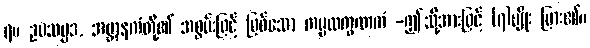
၇။ ဥပသမ္ပဒ, အဗ္ဘာနကံတို့၏ အစွမ်းဖြင့် ဖြစ်သော ကမ္မလက္ခဏကံ -ဤသို့အားဖြင့် (၇)မျိုး ပြား၏။